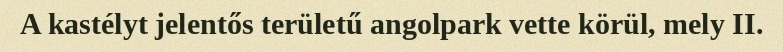
A kastélyt jelentős területű angolpark vette körül, mely II.